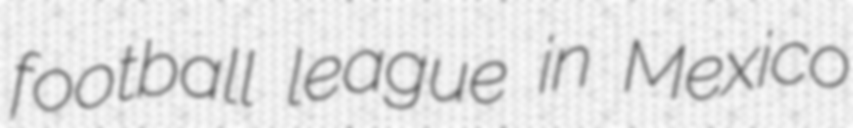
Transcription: football league in Mexico